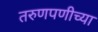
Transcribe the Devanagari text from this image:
तरुणपणीच्या